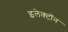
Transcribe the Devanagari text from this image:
इलेक्‍टॉन